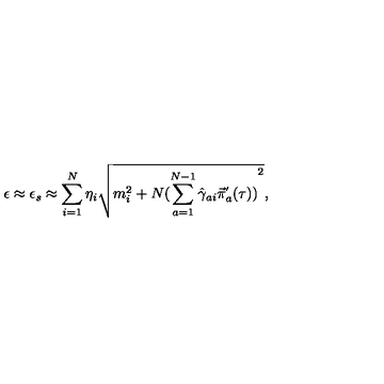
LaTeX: \epsilon \approx \epsilon _ { s } \approx \sum _ { i = 1 } ^ { N } \eta _ { i } \sqrt { m _ { i } ^ { 2 } + N { ( \sum _ { a = 1 } ^ { N - 1 } { \hat { \gamma } } _ { a i } { \vec { \pi } } _ { a } ^ { ' } ( \tau ) ) } ^ { 2 } } ,